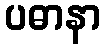
ပဓာနာ